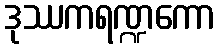
ဒုဿကရဏ္ဍကော